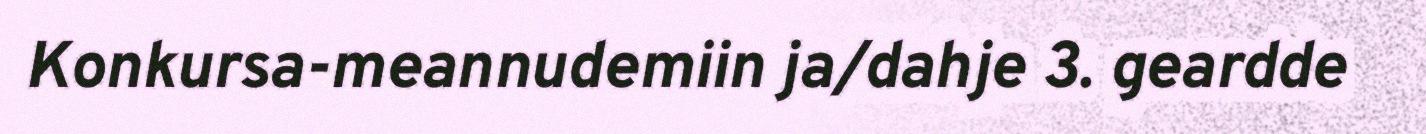
Konkursa-meannudemiin ja/dahje 3. geardde